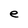
Character: e